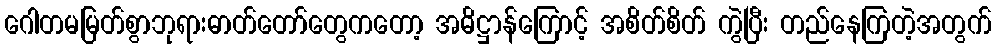
ဂေါတမမြတ်စွာဘုရားဓာတ်တော်တွေကတော့ အဓိဋ္ဌာန်ကြောင့် အစိတ်စိတ် ကွဲပြီး တည်နေကြတဲ့အတွက်